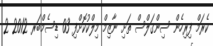
ކެރަމް ފިރިހެން ސިންގަލްސް ތަށި ނާޒިމް މިލްކުކޮށްފި 03 ޑިސެމްބަރ 2012 2